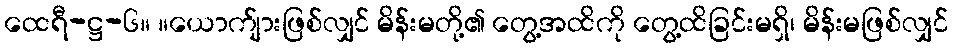
ထေရီ-ဋ္ဌ-၆။ ။ယောက်ျားဖြစ်လျှင် မိန်းမတို့၏ တွေ့အထိကို တွေ့ထိခြင်းမရှိ၊ မိန်းမဖြစ်လျှင်